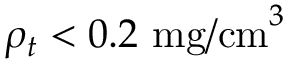
\rho _ { t } < 0 . 2 ~ \mathrm { m g / c m } ^ { 3 }